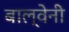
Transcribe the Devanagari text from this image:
बाल्वेनी